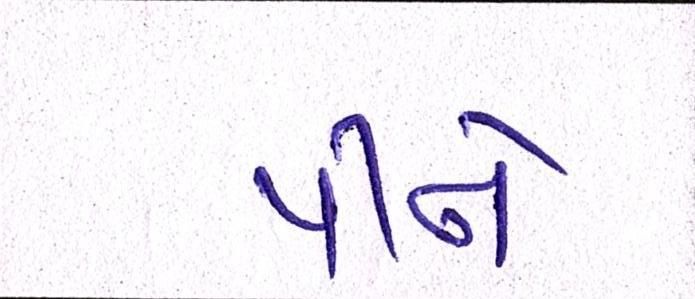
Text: પીને